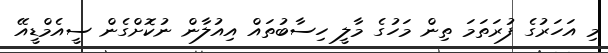
މި އަހަރުގެ ފުރަތަމަ ތިން މަހުގެ މާލީ ހިސާބުތައް އިއުލާން ނުކޮށްގެން ސީއެމްޑީއޭ